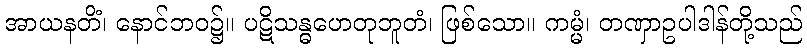
အာယနတိံ၊ နောင်ဘဝ၌။ ပဋိသန္ဓဟေတုဘူတံ၊ ဖြစ်သော။ ကမ္မံ၊ တဏှာဥပါဒါန်တို့သည်